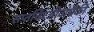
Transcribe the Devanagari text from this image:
सप्तचिरंजीवांपैकी